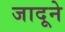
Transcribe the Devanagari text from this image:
जादूने